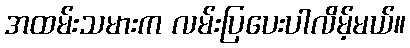
အထမ်းသမားက လမ်းပြပေးပါလိမ့်မယ်။